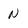
Character: N